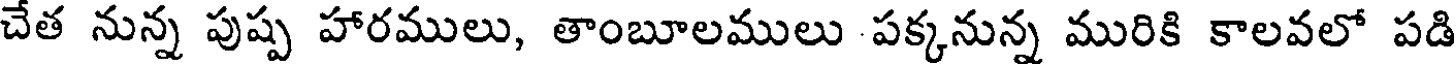
చేత నున్న పుష్ప హారములు, తాంబూలములు పక్కనున్న మురికి కాలవలో పడి